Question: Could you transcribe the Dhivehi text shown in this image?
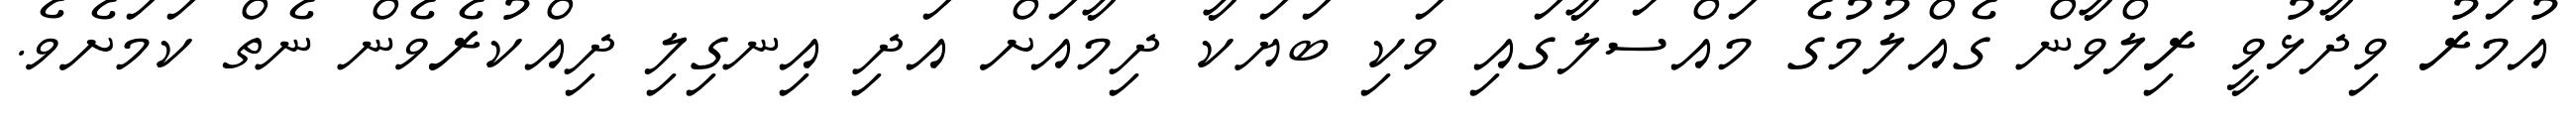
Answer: އުމަރު ވިދާޅުވީ ރިލްވާން ގެއްލުމުގެ މައްސަލާގައި ވަކި ބަޔަކާ ދިމާއަށް އަދި އިނގިލި ދިއްކުރެވެން ނެތް ކަމަށެވެ.